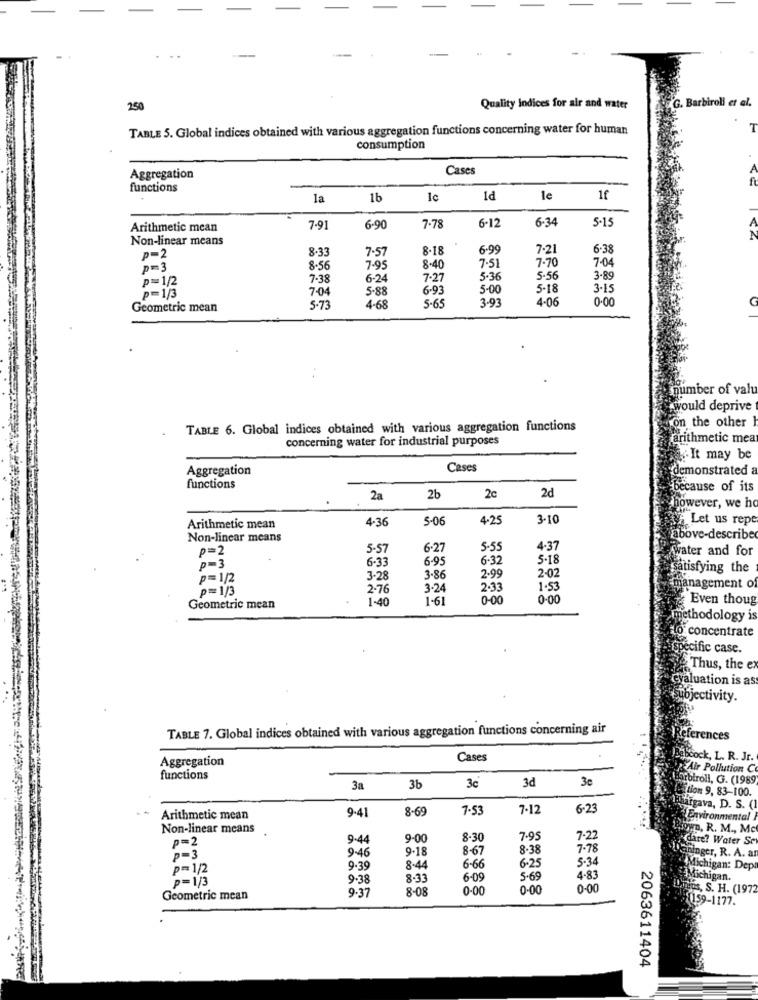
250
Quality Indices for air and water
G. Barbiroli et al.
TABLE 5. Global indices obtained with various aggregation functions concerning water for human
consumption
Cases
A
Aggregation
f
functions
la
1b
1c
1d
le
1f
6-12
6-34
5-15
Arithmetic mean
7.91
6-90
7.78
Non-linear means
8.33
8-18
6.99
7-21
6.38
P=2
7.5
7.70
7-04
p=3
8-56
7-95
8-40
7.51
p=1/2
7.38
6-24
7.27
5.36
5.56
3.85
7.04
5.88
6-93
5-00
5-18
3 -15
_p=1/3
3-93
4.06
0.00
Geometric mean
4-68
5-65
..
number of vah
would deprive
TABLE 6. Global indices obtained with various aggregation functions
on the other
concerning water for industrial purposes
arithmetic mea
.It may be
Aggregation
Cases
demonstrated a
functions
because of its
2a
2b
2c
2d
however, we ho
4.36
5-06
4-25
3-10
Let us repe
Arithmetic mean
Non-linear means
above-describe
p=2
5-57
6-27
5-55
4-37
water and for
P=3
6-33
6-95
6-32
5.18
2-02
satisfying the
p=1/2
3-28
3.8
2.99
p=1/3
2-76
3.24
2.33
1.5
management of
1-40
1-61
0-00
0.00
Even thoug
Geometric mean
methodology is
to concentrate
specific case.
Thus, the ex
cvaluation is as
subjectivity.
TABLE 7. Global indices obtained with various aggregation functions concerning air
References
Aggregation
Cases
Babcock, L. R. Jr.
Air Pollution C
functions
3d
3c
Stbiroll, G. (1989
3a
3b
3c
tion 9, 83-100.
9.41
8-69
7:53
7-12
6-23
Hargava, D. S. (1
Arithmetic mean
Environmental
Non-linear means
Oun, R. M ., Mc
P=2
9.44
9-00
8-30
7.99
7-22
dare? Water Se
9-46
9.18
8-67
8.38
7.78
p=3
6.25
5-34
inger, R. A. an
p=1/2
9.39
8.44
6-66
chigan: Dep
p=1/3
9.38
8-33
6-09
5.69
4-8
Michigan.
9.37
8-08
0.00
0-00
0-00
us, S. H. (1972
Geometric mean
(159-1177.
2063611404